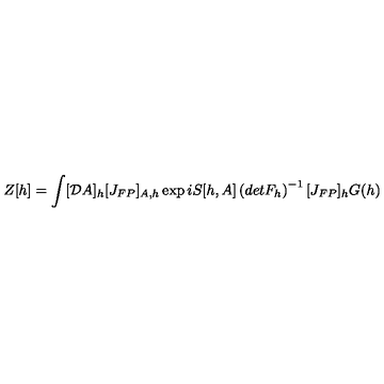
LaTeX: Z [ h ] = \int [ { \cal D } A ] _ { h } [ J _ { F P } ] _ { A , h } \exp i S [ h , A ] \left( d e t F _ { h } \right) ^ { - 1 } [ J _ { F P } ] _ { h } G ( h ) \,